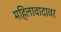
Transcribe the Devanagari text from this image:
महिलावादावर